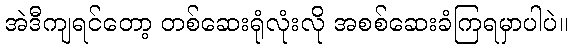
အဲဒီကျရင်တော့ တစ်ဆေးရုံလုံးလို အစစ်ဆေးခံကြရမှာပါပဲ။